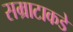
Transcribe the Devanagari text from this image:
सम्राटाकडे